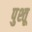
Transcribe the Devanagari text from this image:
पुश्तू